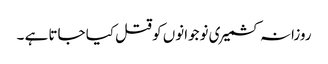
روزانہ کشمیری نوجوانوں کو قتل کیا جاتا ہے ۔